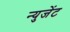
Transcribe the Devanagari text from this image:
न्युजेंट